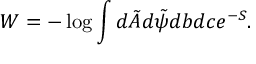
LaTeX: W = - \log \int d \tilde { A } d \tilde { \psi } d b d c e ^ { - S } .